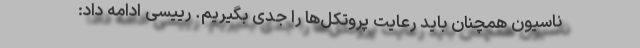
ناسیون همچنان باید رعایت پروتکل‌ها را جدی بگیریم. رییسی ادامه داد: